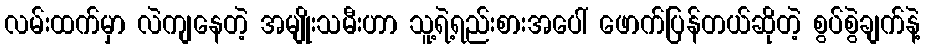
လမ်းထက်မှာ လဲကျနေတဲ့ အမျိုးသမီးဟာ သူ့ရဲ့ရည်းစားအပေါ် ဖောက်ပြန်တယ်ဆိုတဲ့ စွပ်စွဲချက်နဲ့